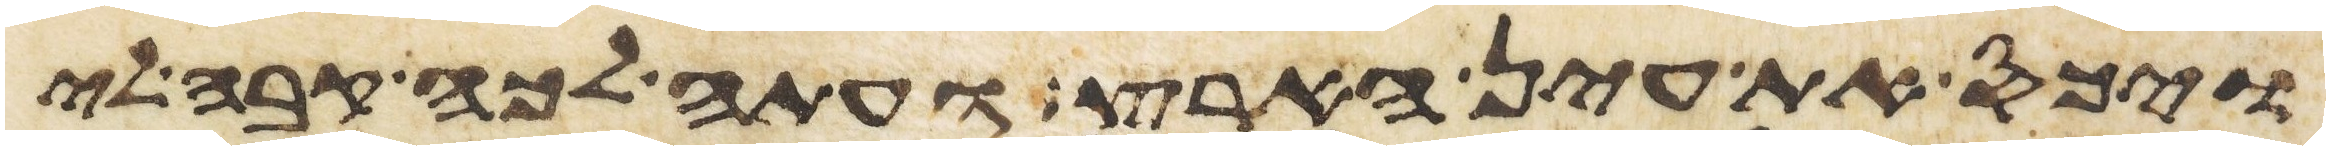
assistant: ויכס את עין הארץ ועתה לכה קבה לי